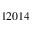
1 2 0 1 4